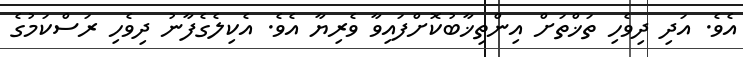
އެވެ. އަދި ދިވެހި ތަޚްތަށް އިންތިޚާބުކޮށްފައިވާ ވެރިޔާ އެވެ. އެކިލެގެފާނު ދިވެހި ރަސްކަމުގެ